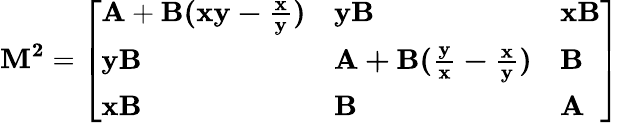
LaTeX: \mathbf{M^{2}}={\left[\begin{array}{lll}{\mathbf{A}+\mathbf{B(xy-{\frac{x}{y}})}}&{\mathbf{yB}}&{\mathbf{xB}}\\ {\mathbf{yB}}&{\mathbf{A+B({\frac{y}{x}}-{\frac{x}{y}})}}&{\mathbf{B}}\\ {\mathbf{xB}}&{\mathbf{B}}&{\mathbf{A}}\end{array}\right]}